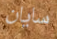
سايان